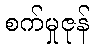
စက်မှုဇုန်